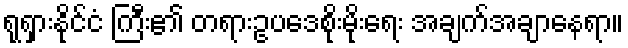
ရုရှားနိုင်ငံ ကြီး၏ တရားဥပဒေစိုးမိုးရေး အချက်အချာနေရာ။